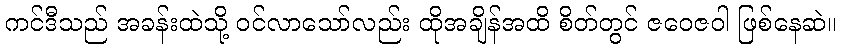
ကင်ဒီသည် အခန်းထဲသို့ ဝင်လာသော်လည်း ထိုအချိန်အထိ စိတ်တွင် ဇဝေဇဝါ ဖြစ်နေဆဲ။